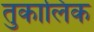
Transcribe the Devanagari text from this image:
तुकालिक